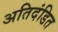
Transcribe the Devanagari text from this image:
अतिदंडित